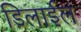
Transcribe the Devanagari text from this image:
डिलाईल